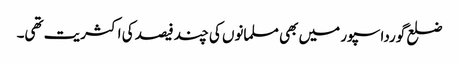
ضلع گورداسپور میں بھی مسلمانوں کی چند فیصد کی اکثریت تھی۔